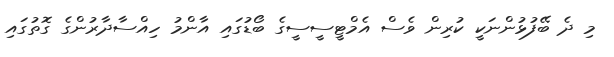
މި ދެ ބޭފުޅުންނަކީ ކުރިން ވެސް އެމްޓީސީސީގެ ބޯޑުގައި އާންމު ހިއްސާދާރުންގެ ގޮތުގައި